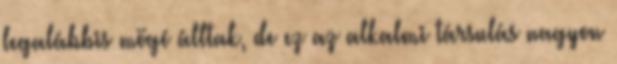
legalábbis mögé álltak, de ez az alkalmi társulás nagyon